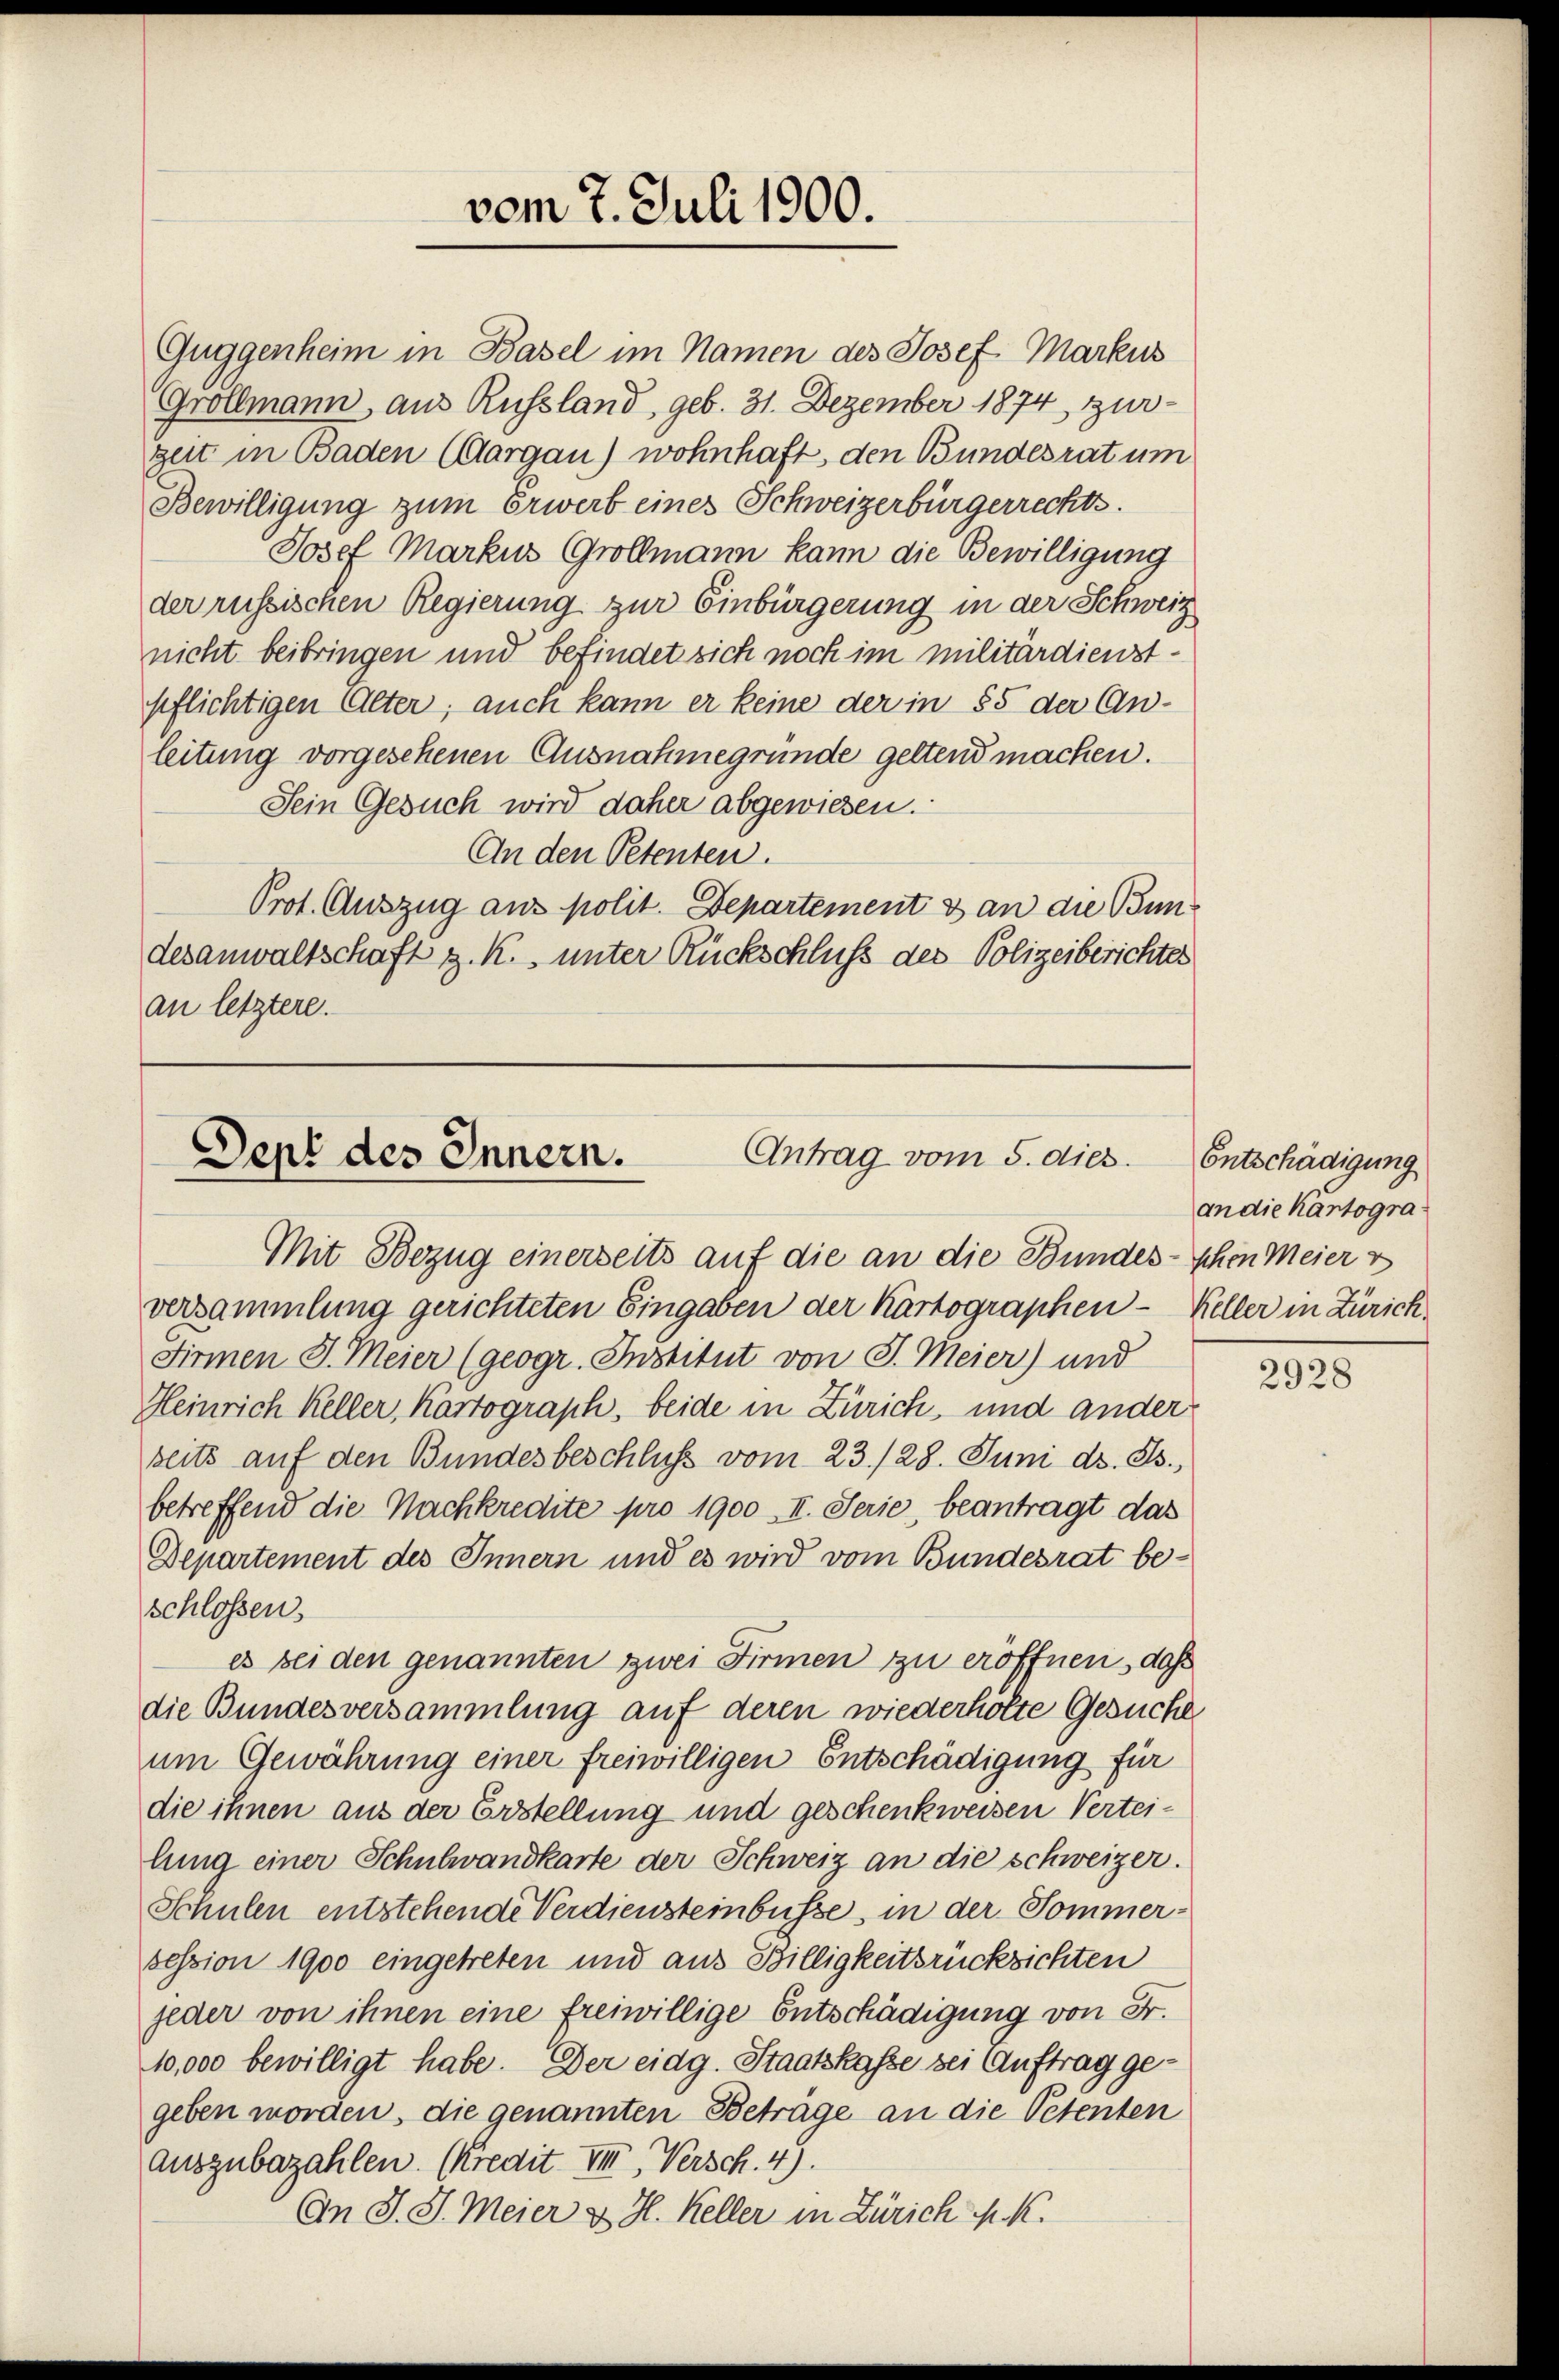
vom 7. Juli 1900.

Sein Gesuch wird daher abgewiesen.
An den Petenten.
Prot. Auszug aus polit. Departement & an die Bundesanwaltschaft z. K. unter Rückschluß des Polizeiberichtes
an letztere.

Guggenheim in Basel im Namen des Josef Markus
Grollmann aus Russland, geb. 31. Dezember 1874 zur
zeit in Baden (Aargau) wohnhaft, den Bundesrat um
Bewilligung zum Erwerb eines Schweizerbürgerrechts.
Josef Markus Grollmann kann die Bewilligung
der russischen Regierung zur Einbürgerung in der Schweiz
nicht beibringen und befindet sich noch im militärdienstpflichtigen Alter; auch kann er keine der in 85 der An-
leitung vorgesehenen Ausnahmegründe geltend machen.

Antrag vom 5. dies
Dept des Innern.
Mit Bezug einerseits auf die an die Bundes- schon Meier v

versammlung gerichteten Eingaben der Kartographen — Keller in Zürich,
Firmen J. Meier (geogr. Institut von J. Meier) und
Heinrich Keller, Kartograph, beide in Zürich, und ander
seits auf den Bundesbeschluß vom 23./28. Juni d. Js.,
betreffend die Nachkredite pro 1900 II. Serie, beantragt das
Departement des Innern und es wird vom Bundesrat beschlossen.
es bei den genannten zwei Firmen zu eröffnen, daß
die Bundesversammlung auf deren wiederholte Gesuche
um Gewährung einer freiwilligen Entschädigung für
die ihnen aus der Erstellung und geschenkweisen Verteilung einer Schulwandkarte der Schweiz an die Schweizer.
Schulen entstehende Verdiensteinbüsse, in der Sommersession 1900 eingetreten und aus Billigkeitsrücksichten
jeder von ihnen eine freiwillige Entschädigung von Fr.
10,000 bewilligt habe. Der eidg. Staatskasse sei Auftrag gegeben worden, die genannten Beträge an die Petenten
auszubezahlen. (Kredit VIII. Versch.4).
An J. J. Meier & H. Keller in Zürich M. K.

Entschädigung
an die Kartogra

2928